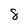
Character: 8